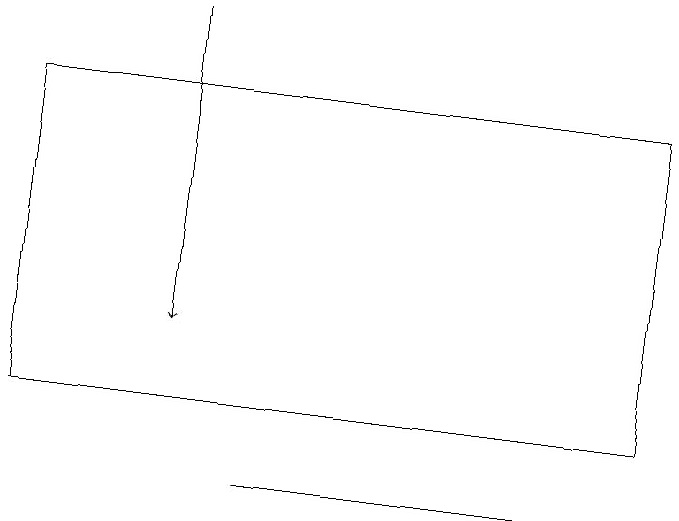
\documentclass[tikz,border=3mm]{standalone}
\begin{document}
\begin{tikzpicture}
\draw (9,12) rectangle (1,16);
\draw (4,11) rectangle (9,11);
\draw[->] (3,17) -- (3,13);
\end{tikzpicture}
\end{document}